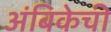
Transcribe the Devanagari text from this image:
अंबिकेची